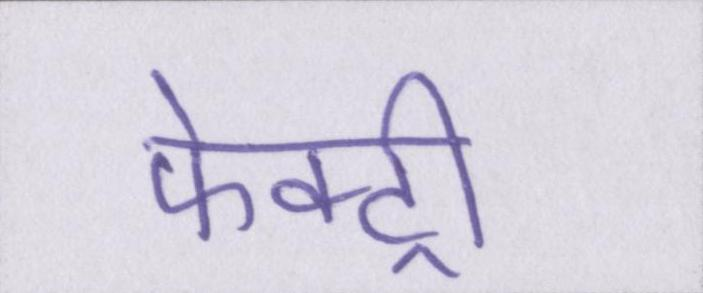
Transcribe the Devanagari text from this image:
फेक्ट्री